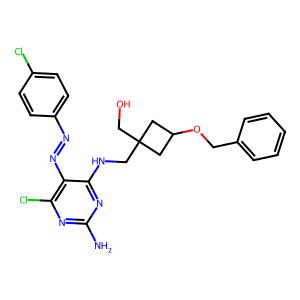
SMILES: Nc1nc(Cl)c(N=Nc2ccc(Cl)cc2)c(NCC2(CO)CC(OCc3ccccc3)C2)n1
Inhibits HIV replication: No